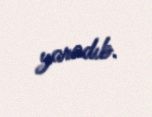
yaradıb.